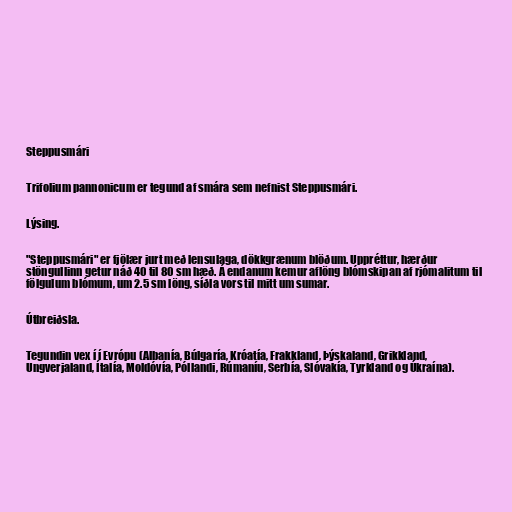
Steppusmári

Trifolium pannonicum er tegund af smára sem nefnist Steppusmári.

Lýsing.

"Steppusmári" er fjölær jurt með lensulaga, dökkgrænum blöðum. Uppréttur, hærður
stöngullinn getur náð 40 til 80 sm hæð. Á endanum kemur aflöng blómskipan af rjómalitum til
fölgulum blómum, um 2.5 sm löng, síðla vors til mitt um sumar.

Útbreiðsla.

Tegundin vex í í Evrópu (Albanía, Búlgaría, Króatía, Frakkland, Þýskaland, Grikkland,
Ungverjaland, Ítalía, Moldóvía, Póllandi, Rúmaníu, Serbía, Slóvakía, Tyrkland og Úkraína).